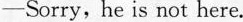
-Sorry, he is not here.